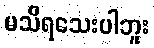
မသိရသေးပါဘူး